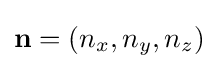
\mathbf {n} =(n_{x},n_{y},n_{z})